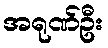
အရုဏ်ဦး